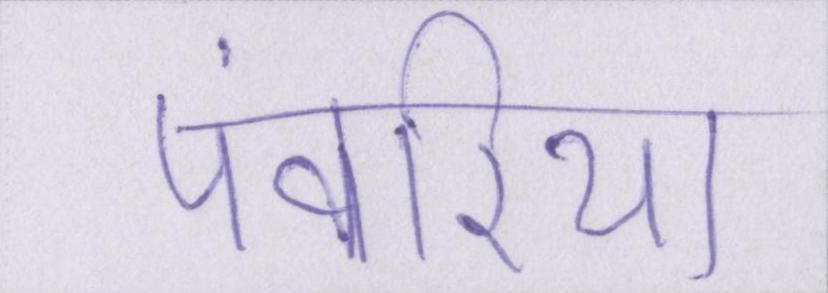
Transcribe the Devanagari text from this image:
पंवरिया